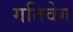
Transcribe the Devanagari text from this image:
गतिवेग